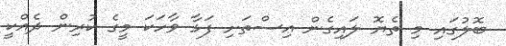
ބޮލުގައި މި ތެޔޮ ލައިގެން އިސްތަށި ފަޅާ ވާހަކަ މީގެ ކުރިން ދެއްކީ